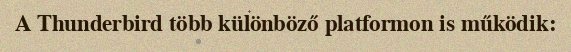
A Thunderbird több különböző platformon is működik: